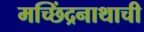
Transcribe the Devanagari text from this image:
मच्छिंद्रनाथाची